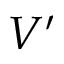
V ^ { \prime }